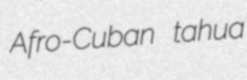
Afro-Cuban tahua